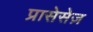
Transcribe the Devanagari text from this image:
प्रासेसेज़